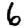
Digit: 6